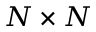
N \times N